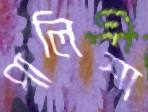
পালিশা